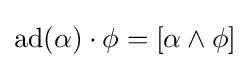
\operatorname {ad} (\alpha )\cdot \phi =[\alpha \wedge \phi ]